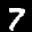
Label: 7